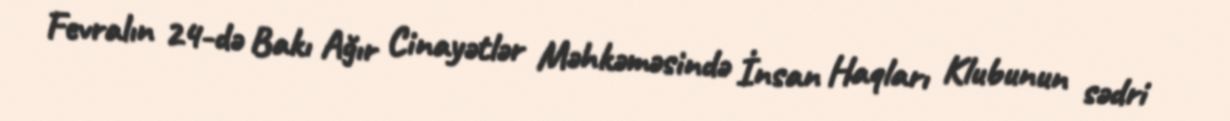
Fevralın 24-də Bakı Ağır Cinayətlər Məhkəməsində İnsan Haqları Klubunun sədri